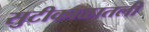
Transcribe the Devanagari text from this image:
सुटीकाळातली